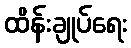
ထိန်းချုပ်ရေး